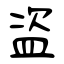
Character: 盗